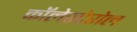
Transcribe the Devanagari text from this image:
कॉलेस्टेरोल